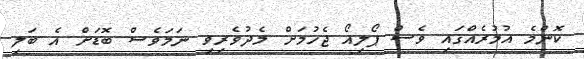
ކޮންމެ އުމުރެއްގައި ވެސް ޕޯލިއޯ ޖެހުމަށް މެދުވެރިވި ނަމަވެސް ބޮޑަށް އެ ބަލި